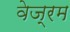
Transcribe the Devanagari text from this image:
वेज्रम